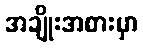
အချိုးအစားမှာ